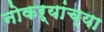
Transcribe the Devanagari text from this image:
नोकऱ्यांच्या